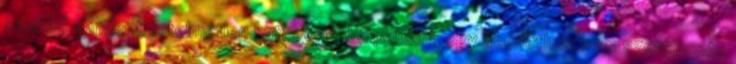
szabad mindent értelmetlen kategóriákba pakolni, egy üzenethez nem szerencsés